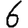
Digit: 6